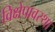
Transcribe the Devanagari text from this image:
विक्षेपावस्था